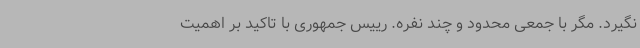
نگیرد. مگر با جمعی محدود و چند نفره. رییس جمهوری با تاکید بر اهمیت